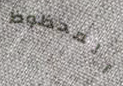
المحظوظ